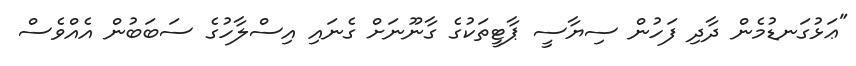
"ޢަޅުގަނޑުމެން ދާދި ފަހުން ސިޔާސީ ޕާޓީތަކުގެ ގާނޫނަށް ގެނައި އިސްލާހުގެ ސަބަބުން އެއްވެސް